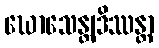
ဃောသေန္တျဒိဿန္တာ